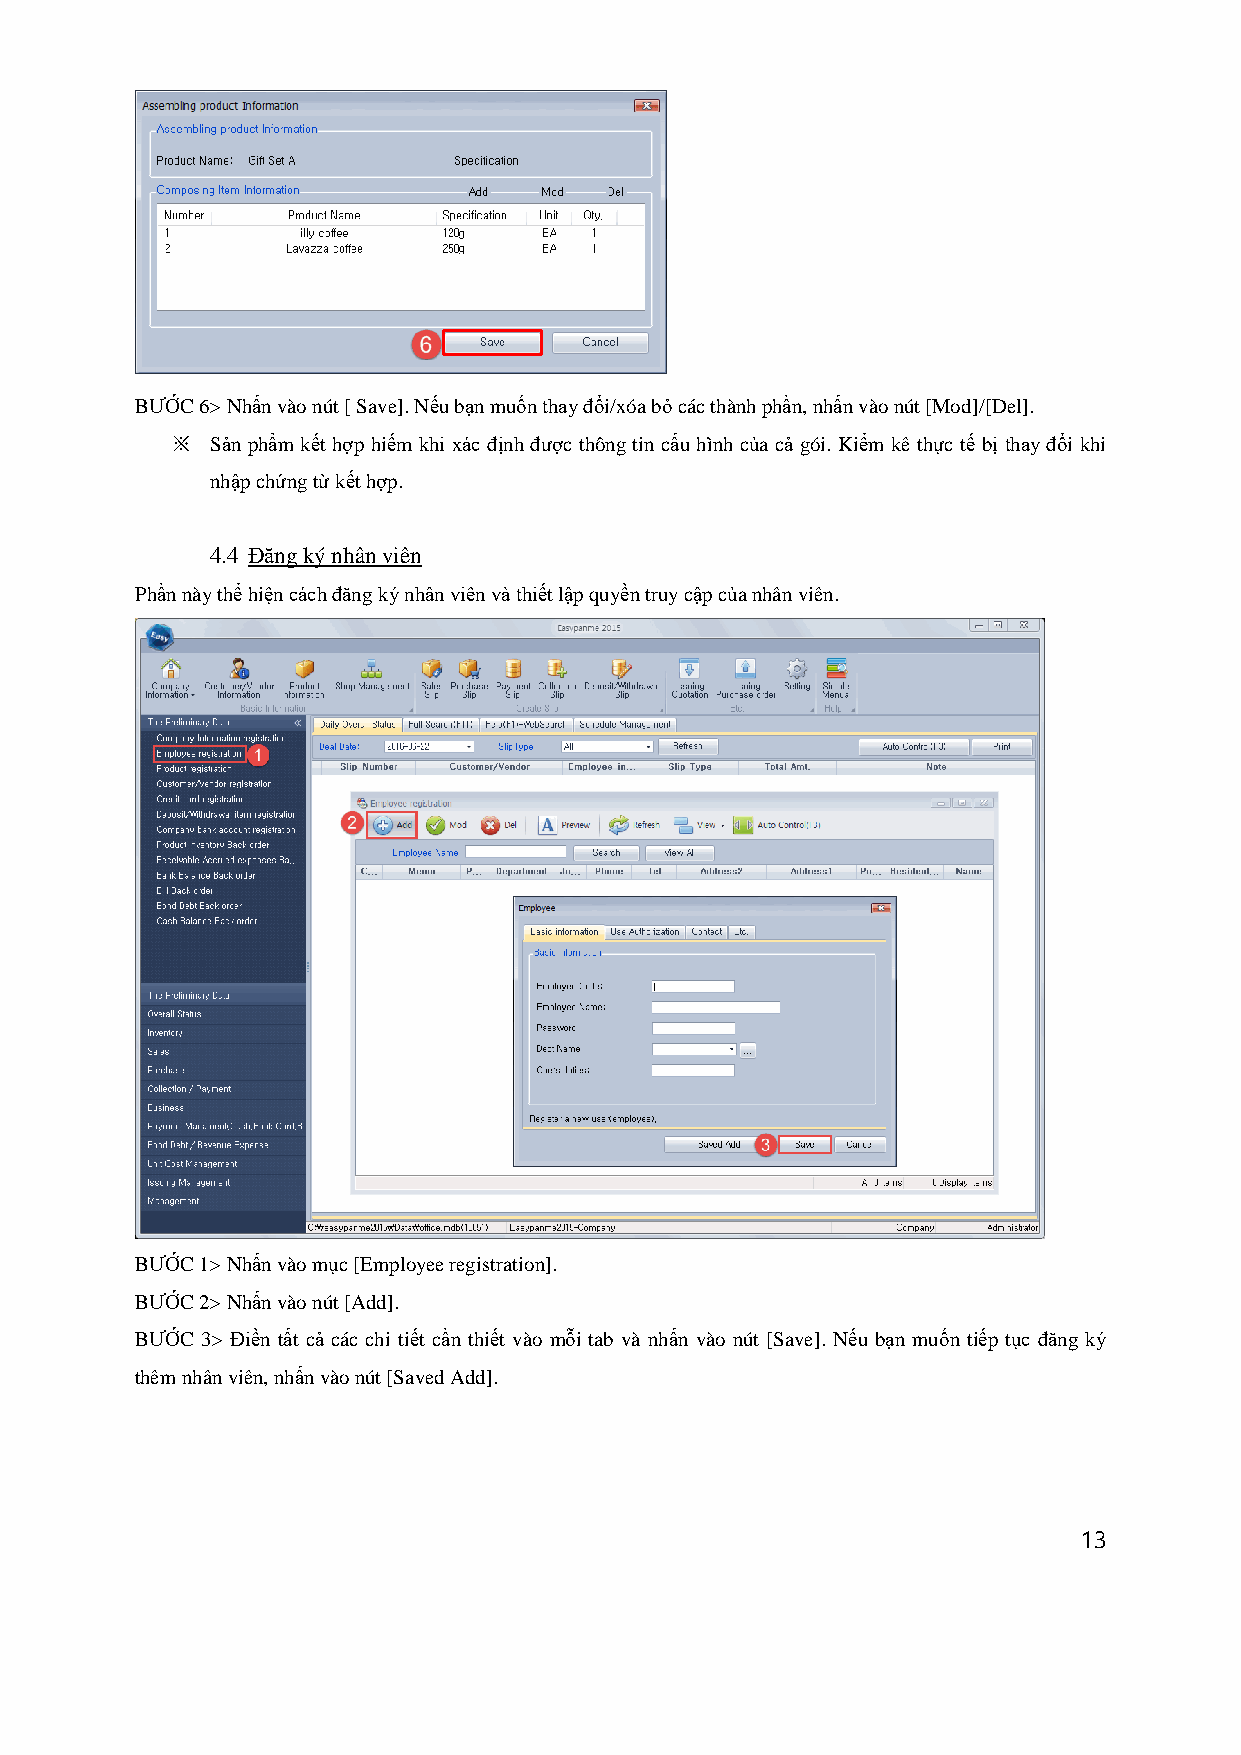
BƯỚC 6> Nhấn vào nút [ Save]. Nếu bạn muốn thay đổi/xóa bỏ các thành phần, nhấn vào nút [Mod]/[Del].
 ※  Sản phẩm kết hợp hiếm khi xác định được thông tin cấu hình của cả gói. Kiểm kê thực tế bị thay đổi khi
 nhập chứng từ kết hợp.
 4.4 Đăng ký nhân viên
 Phần này thể hiện cách đăng ký nhân viên và thiết lập quyền truy cập của nhân viên.
 BƯỚC 1> Nhấn vào mục [Employee registration].
 BƯỚC 2> Nhấn vào nút [Add].
 BƯỚC 3> Điền tất cả các chi tiết cần thiết vào mỗi tab và nhấn vào nút [Save]. Nếu bạn muốn tiếp tục đăng ký
 thêm nhân viên, nhấn vào nút [Saved Add].
 13